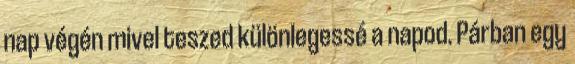
nap végén mivel teszed különlegessé a napod. Párban egy